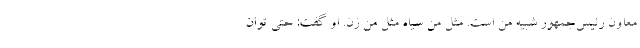
معاون رئیس‌جمهور شبیه من است. مثل من سیاه مثل من زن. او گفت: حتی توان